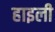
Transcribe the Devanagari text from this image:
हाइली